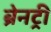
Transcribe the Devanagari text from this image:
ब्रेनट्री